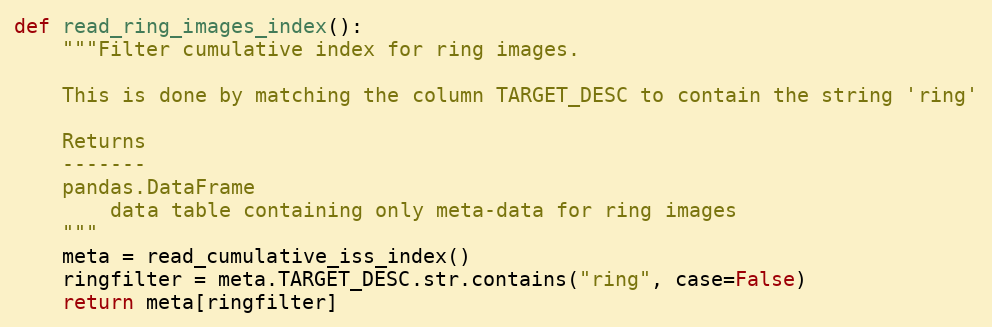
Language: Python
def read_ring_images_index():
    """Filter cumulative index for ring images.

    This is done by matching the column TARGET_DESC to contain the string 'ring'

    Returns
    -------
    pandas.DataFrame
        data table containing only meta-data for ring images
    """
    meta = read_cumulative_iss_index()
    ringfilter = meta.TARGET_DESC.str.contains("ring", case=False)
    return meta[ringfilter]